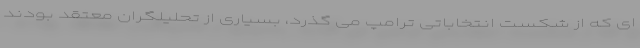
ای که از شکست انتخاباتی ترامپ می گذرد، بسیاری از تحلیلگران معتقد بودند